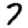
Digit: 7